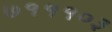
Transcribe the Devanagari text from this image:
७१११०३